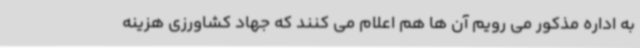
به اداره مذکور می رویم آن ها هم اعلام می کنند که جهاد کشاورزی هزینه